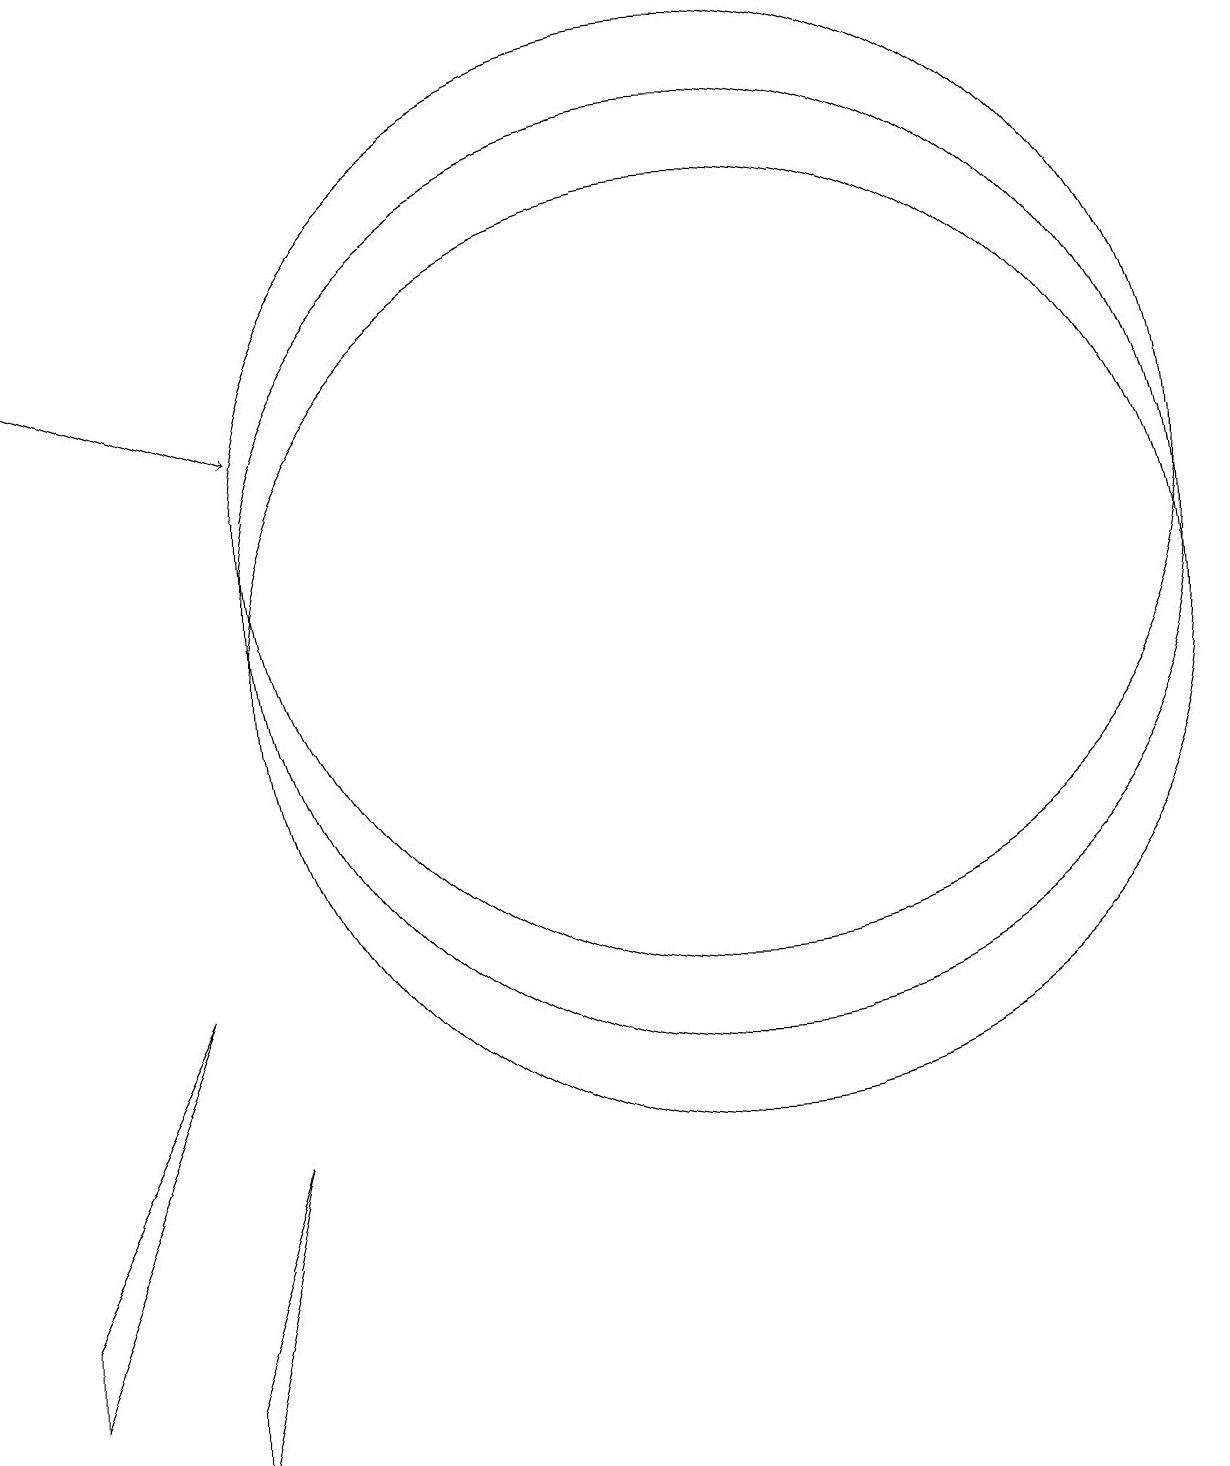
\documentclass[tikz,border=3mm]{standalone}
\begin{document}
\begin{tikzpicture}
\draw (11,11) circle (6);
\draw[->] (2,14) -- (5,13);
\draw (11,10) circle (6);
\draw (11,12) circle (6);
\draw (2,2) -- (4,6) -- (2,1) -- cycle;
\draw (4,1) -- (5,4) -- (4,0) -- cycle;
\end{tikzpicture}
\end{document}